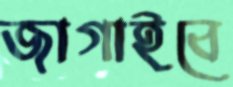
জাগাইবে